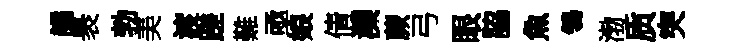
譎褁勃美渡蹉難亟娘倩灤蕨弓眼脇魚鴒渤质突